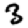
Digit: 3